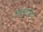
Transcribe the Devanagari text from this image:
चिल्लाहटों